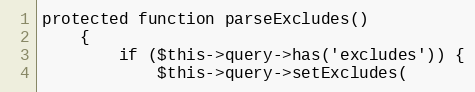
Language: PHP
protected function parseExcludes()
    {
        if ($this->query->has('excludes')) {
            $this->query->setExcludes(